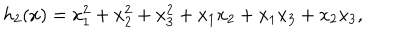
h _ { 2 } ( x ) = x _ { 1 } ^ { 2 } + x _ { 2 } ^ { 2 } + x _ { 3 } ^ { 2 } + x _ { 1 } x _ { 2 } + x _ { 1 } x _ { 3 } + x _ { 2 } x _ { 3 } ,